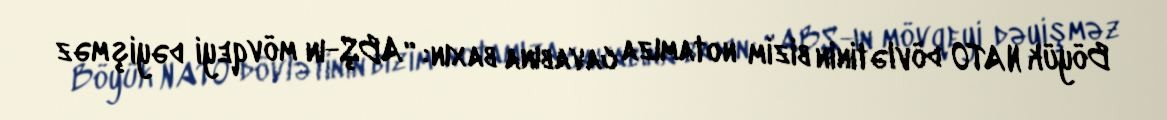
Böyük NATO dövlətinin bizim notamıza cavabına baxın: “ABŞ-ın mövqeyi dəyişməz